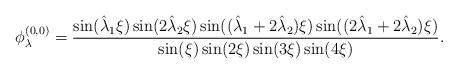
LaTeX: \begin{align*} \phi^{(0,0)}_{\lambda} = \frac{ \sin(\hat{\lambda}_1\xi) \sin(2\hat{\lambda}_2\xi) \sin((\hat{\lambda}_1+2\hat{\lambda}_2)\xi) \sin((2\hat{\lambda}_1+2\hat{\lambda}_2)\xi) }{ \sin(\xi) \sin(2\xi) \sin(3\xi) \sin(4\xi) }.\end{align*}